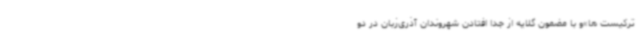
ترکیست ها»و با مضمون گلایه از جدا افتادن شهروندان آذری‌زبان در دو